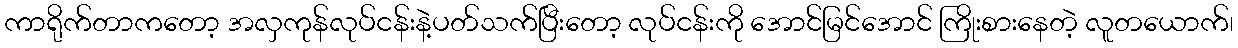
ကာရိုက်တာကတော့ အလှကုန်လုပ်ငန်းနဲ့ပတ်သက်ပြီးတော့ လုပ်ငန်းကို အောင်မြင်အောင် ကြိုးစားနေတဲ့ လူတယောက်၊